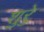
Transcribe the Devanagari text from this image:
शुरेु